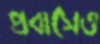
প্রবাসেও